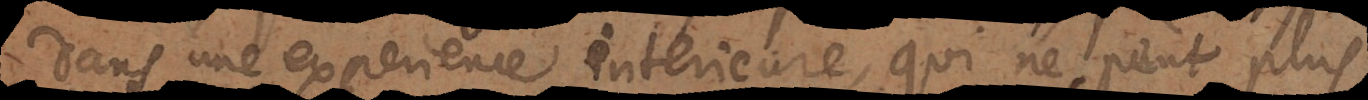
dans une experience interieure, qui ne peut plus